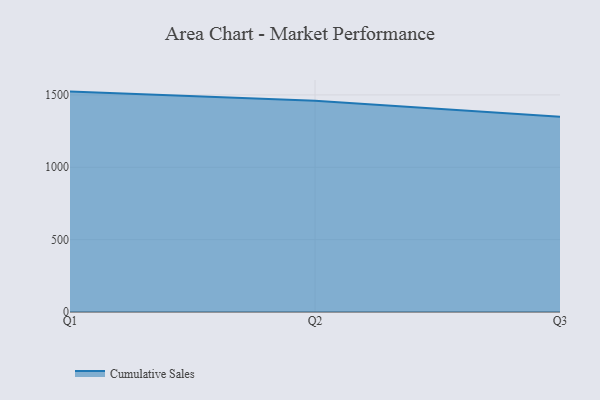
{"axis": {"x": "Quarter", "y": "Headcount"}, "legend": ["Cumulative Sales"], "data": [{"x": "Q1", "y": 1523.0, "type": "Cumulative Sales"}, {"x": "Q2", "y": 1459.8, "type": "Cumulative Sales"}, {"x": "Q3", "y": 1349.0, "type": "Cumulative Sales"}]}